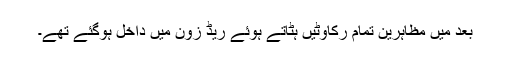
بعد میں مظاہرین تمام رکاوٹیں ہٹاتے ہوئے ریڈ زون میں داخل ہوگئے تھے۔